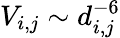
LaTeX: V_{i,j}\sim d_{i,j}^{-6}